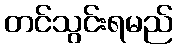
တင်သွင်းရမည်